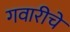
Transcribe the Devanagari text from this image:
गवारीचे